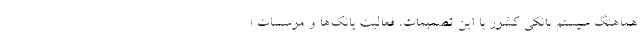
هماهنگ سیستم بانکی کشور با این تصمیمات، فعالیت بانک‌ها و موسسات ا